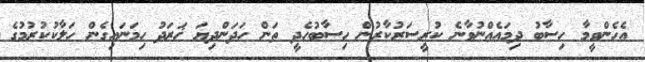
އެހެންވީމާ ހިސާބު ދިމައެއްނުވާނެ ކުރީސަރުކާރުން ހިސާބުހެދީ ތަން ހަދަންދިޔަ ޚަރަދު ހިމަނައިގެން ހަލާކުކުރުމުގެ